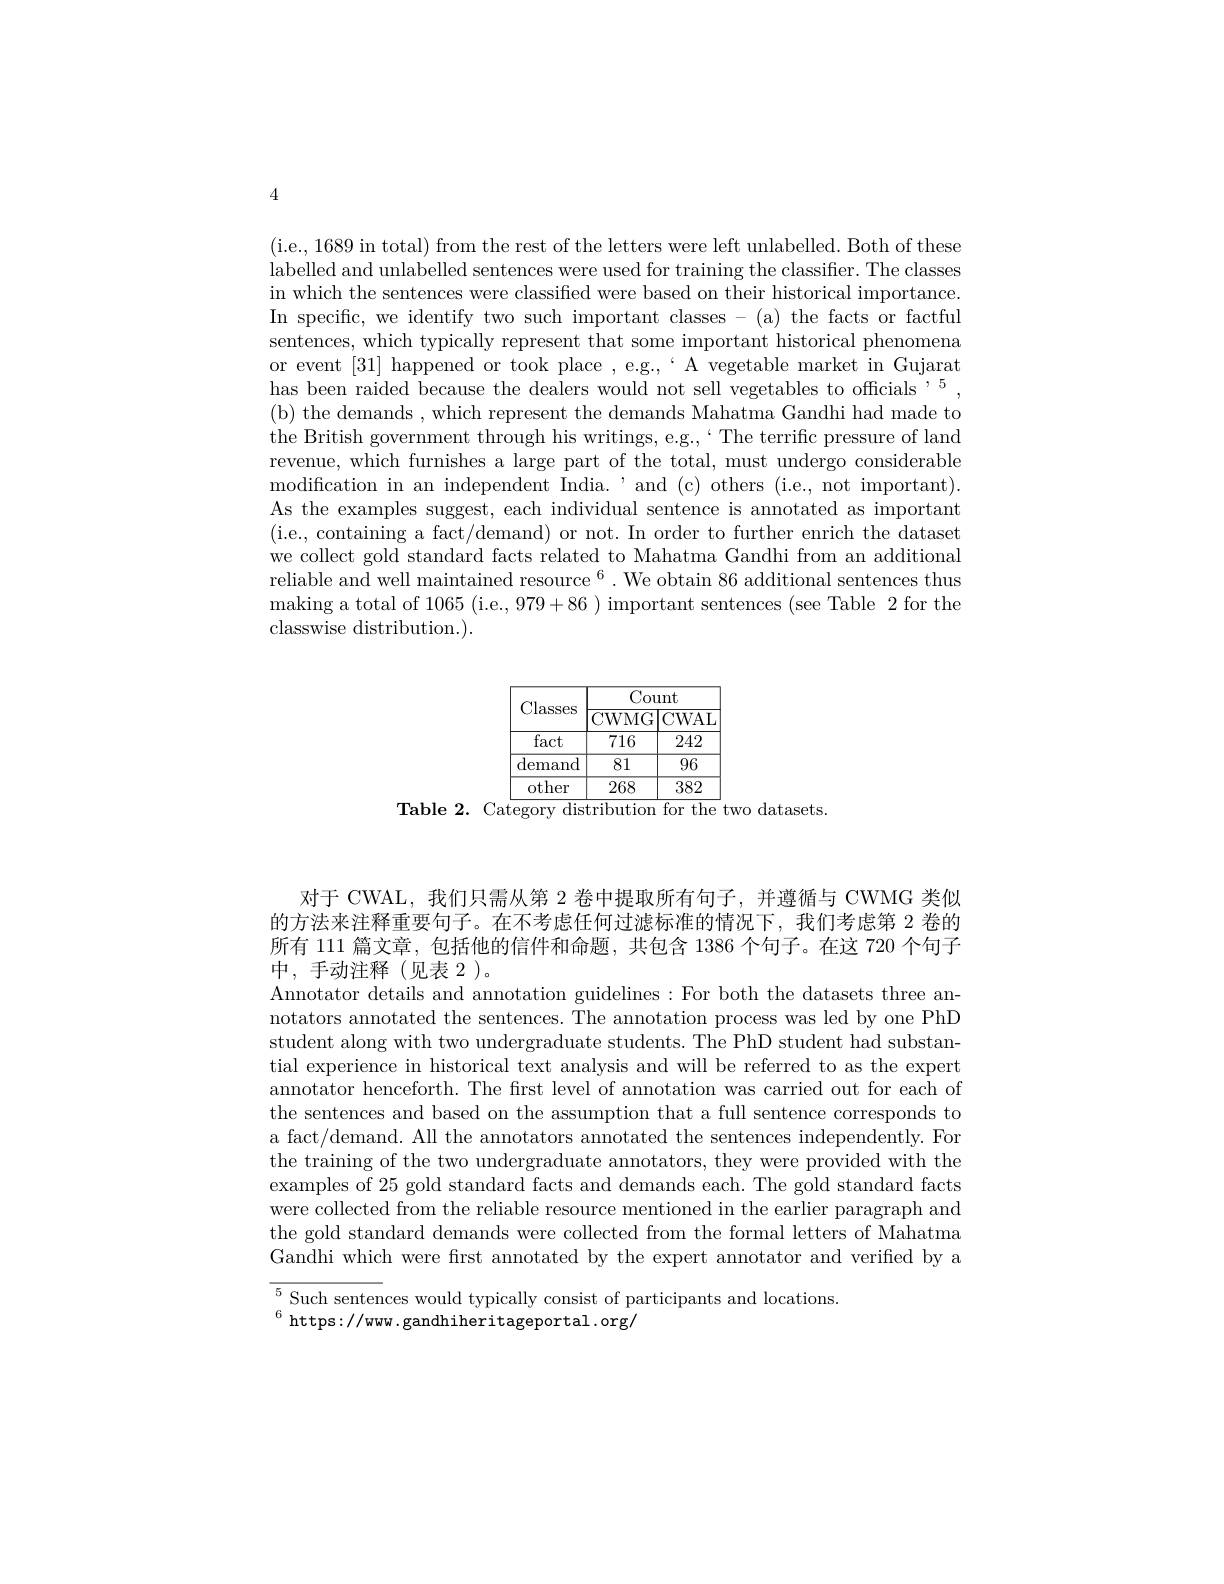
4

(i.e., 1689 in total) from the rest of the letters were left unlabelled. Both of these labelled and unlabelled sentences were used for training the classifier. The classes in which the sentences were classified were based on their historical importance. In specific, we identify two such important classes - (a) the facts or factful sentences, which typically represent that some important historical phenomena or event [31] happened or took place ,e.g.,“A vegetable market in Gujarat has been raided because the dealers would not sell vegetables to officials $^{,5}$, (b) the demands , which represent the demands Mahatma Gandhi had made to the British government through his writings, e.g.`The terrific pressure of land revenue, which furnishes a large part of the total, must undergo considerable modification in an independent India. "and (c) others (i.e., not important). As the examples suggest, each individual sentence is annotated as important (i.e., containing a fact/demand) or not. In order to further enrich the dataset we collect gold standard facts related to Mahatma Gandhi from an additional reliable and well maintained resource $^6.$ We obtain 86 additional sentences thus making a total of 1065 (i.e., 979+86 ) important sentences (see Table 2 for the classwise distribution.).

$\underline{{\mathrm{Count}}}$
Classes$\left|\frac{\mathrm{Count}}{\mathrm{CWMG}|\mathrm{CWAL}}\right|$
fact
${\overline{716}\:242}$
${\mathrm{demand}}$ 81 96 $\begin{array}{c|cc}\mathrm{other}&&268&&382\end{array}$
Table 2. Category distribution for the two datasets.

对于 CWAL, 我们只需从第 2 卷中提取所有句子，并遵循与 CWMG 类似的方法来注释重要句子。在不考虑任何过滤标准的情况下，我们考虑第 2 卷的所有 111 篇文章，包括他的信件和命题，共包含 1386 个句子。在这 720 个句子中，手动注释(见表 2)。
Annotator details and annotation guidelines: For both the datasets three annotators annotated the sentences. The annotation process was led by one PhD student along with two undergraduate students. The PhD student had substantial experience in historical text analysis and will be referred to as the expert annotator henceforth. The first level of annotation was carried out for each of the sentences and based on the assumption that a full sentence corresponds to a fact/demand. All the annotators annotated the sentences independently. For the training of the two undergraduate annotators, they were provided with the examples of 25 gold standard facts and demands each. The gold standard facts were collected from the reliable resource mentioned in the earlier paragraph and the gold standard demands were collected from the formal letters of Mahatma Gandhi which were first annotated by the expert annotator and verified by a

$\overline{{^5\text{ Such senten}}}$ces would typically consist of participants and locations.

$^{6}$ https://www.gandhiheritageportal.org/